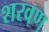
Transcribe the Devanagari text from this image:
शरवण